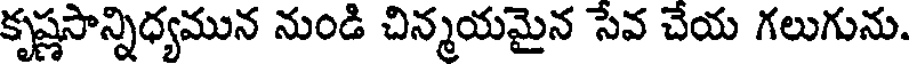
కృష్ణసాన్నిధ్యమున నుండి చిన్మయమైన సేవ చేయ గలుగును.